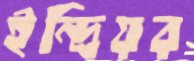
ইন্দ্রিয়র